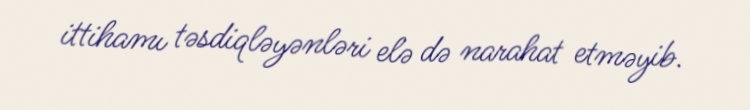
ittihamı təsdiqləyənləri elə də narahat etməyib.